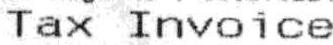
TAX INVOICE